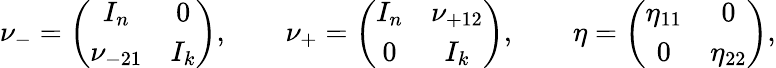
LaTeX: \nu_{-}=\left(\begin{array}{cc}{{I_{n}}}&{{0}}\\ {{\nu_{-21}}}&{{I_{k}}}\end{array}\right),\qquad\nu_{+}=\left(\begin{array}{cc}{{I_{n}}}&{{\nu_{+12}}}\\ {{0}}&{{I_{k}}}\end{array}\right),\qquad\eta=\left(\begin{array}{cc}{{\eta_{11}}}&{{0}}\\ {{0}}&{{\eta_{22}}}\end{array}\right),